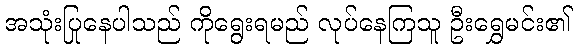
အသုံးပြုနေပါသည် ကိုရွေးရမည် လုပ်နေကြသူ ဦးရွှေမင်း၏